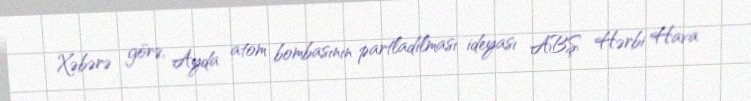
Xəbərə görə, Ayda atom bombasının partladılması ideyası ABŞ Hərbi Hava